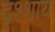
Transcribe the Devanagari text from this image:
दृश्शाय